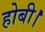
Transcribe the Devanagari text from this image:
होबी।